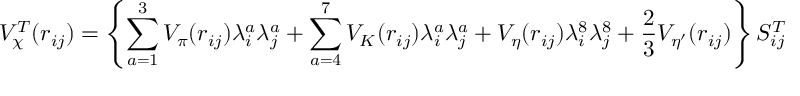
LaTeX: V _ { \chi } ^ { T } ( r _ { i j } ) = \left\{ \sum _ { a = 1 } ^ { 3 } V _ { \pi } ( r _ { i j } ) \lambda _ { i } ^ { a } \lambda _ { j } ^ { a } + \sum _ { a = 4 } ^ { 7 } V _ { K } ( r _ { i j } ) \lambda _ { i } ^ { a } \lambda _ { j } ^ { a } + V _ { \eta } ( r _ { i j } ) \lambda _ { i } ^ { 8 } \lambda _ { j } ^ { 8 } + \frac { 2 } { 3 } V _ { \eta ^ { \prime } } ( r _ { i j } ) \right\} S _ { i j } ^ { T }